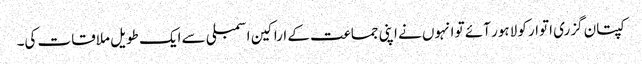
کپتان گزری اتوار کو لاہور آئے تو انہوں نے اپنی جماعت کے اراکین اسمبلی سے ایک طویل ملاقات کی۔